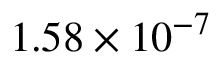
1 . 5 8 \times 1 0 ^ { - 7 }